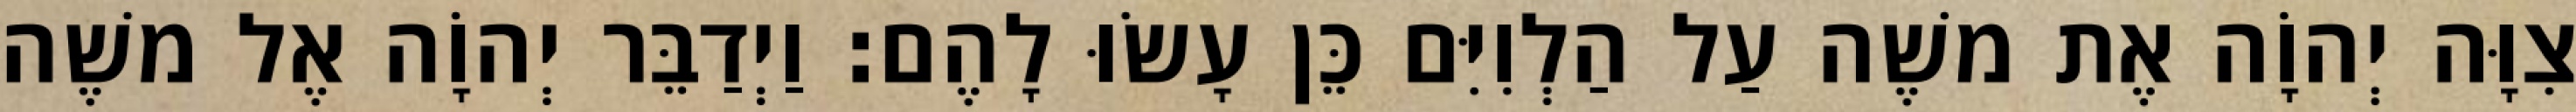
צִוָּה יְהוָֹה אֶת משֶׁה עַל הַלְוִיִּם כֵּן עָשׂוּ לָהֶם׃ וַיְדַבֵּר יְהוָֹה אֶל משֶׁה